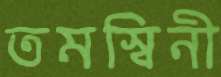
তমস্বিনী